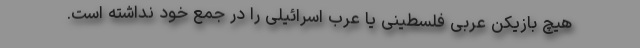
هیچ بازیکن عربی فلسطینی یا عرب اسرائیلی را در جمع خود نداشته است.